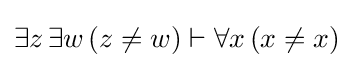
\exists z\,\exists w\,(z\not =w)\vdash \forall x\,(x\not =x)